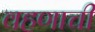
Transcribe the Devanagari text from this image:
वहणाची